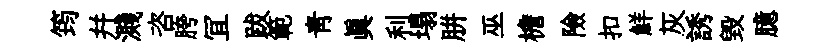
筠幷濺咨胯冝跋範靑真利塌胼巫檐險扣鮮灰誘毀臆